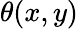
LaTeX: \theta(x,y)